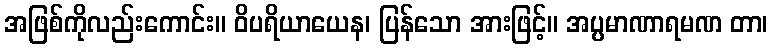
အဖြစ်ကိုလည်းကောင်း။ ဝိပရိယာယေန၊ ပြန်သော အားဖြင့်။ အပ္ပမာဏာရမဏ တာ၊